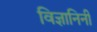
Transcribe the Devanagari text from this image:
विज्ञानिनी